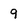
Character: 9